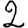
Digit: 2